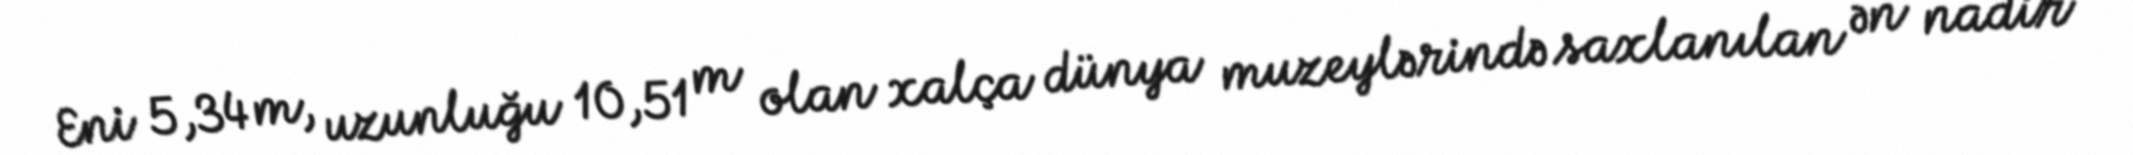
Eni 5,34 m, uzunluğu 10,51 m olan xalça dünya muzeylərində saxlanılan ən nadir